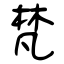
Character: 梵